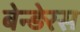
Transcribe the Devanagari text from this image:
बेन्ड़ेरस